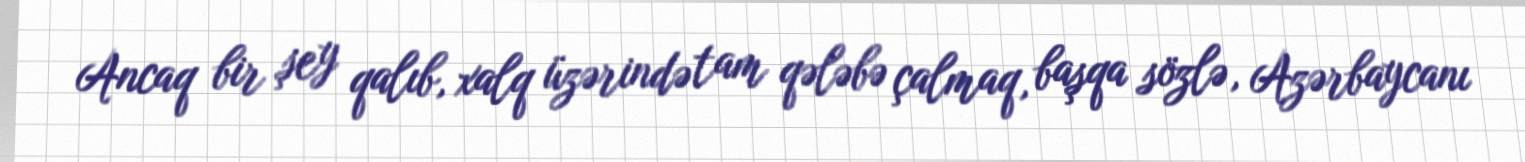
Ancaq bir şey qalıb, xalq üzərində tam qələbə çalmaq, başqa sözlə, Azərbaycanı